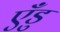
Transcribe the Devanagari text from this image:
एँडु